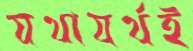
যথাযর্থই